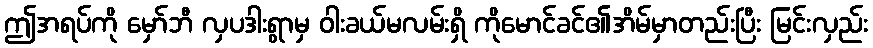
ဤအရပ်ကို မှော်ဘီ လှပဒါးရွာမှ ဝါးခယ်မလမ်းရှိ ကိုမောင်ခင်၏အိမ်မှာတည်းပြီး မြင်းလှည်း